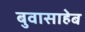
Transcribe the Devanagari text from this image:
बुवासाहेब